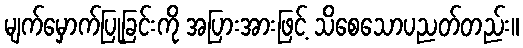
မျက်မှောက်ပြုခြင်းကို အပြားအားဖြင့် သိစေသောပညတ်တည်း။